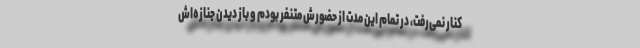
کنار نمی‌رفت، در تمام این مدت از حضورش متنفر بودم و باز دیدن جنازه‌اش